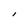
Character: I